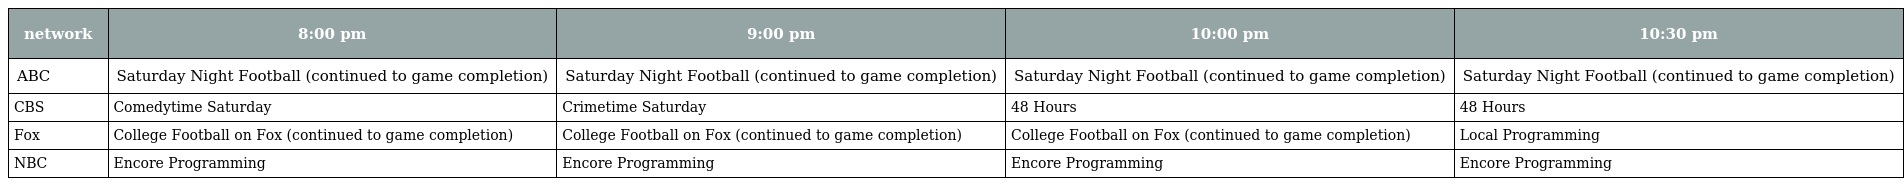
| network | 8:00 pm | 9:00 pm | 10:00 pm | 10:30 pm |
 | --- | --- | --- | --- | --- |
 | ABC | Saturday Night Football (continued to game completion) | Saturday Night Football (continued to game completion) | Saturday Night Football (continued to game completion) | Saturday Night Football (continued to game completion) |
 | CBS | Comedytime Saturday | Crimetime Saturday | 48 Hours | 48 Hours |
 | Fox | College Football on Fox (continued to game completion) | College Football on Fox (continued to game completion) | College Football on Fox (continued to game completion) | Local Programming |
 | NBC | Encore Programming | Encore Programming | Encore Programming | Encore Programming |